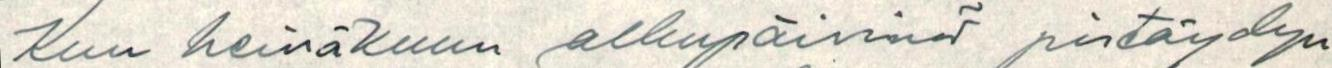
Kun heinäkuun alkupäivinä pistäydyn